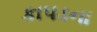
કાપડના